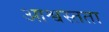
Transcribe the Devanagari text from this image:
आश्वस्तता